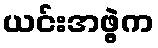
ယင်းအဖွဲ့က